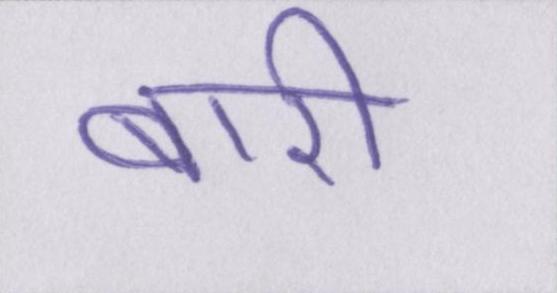
बारी